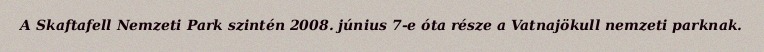
A Skaftafell Nemzeti Park szintén 2008. június 7-e óta része a Vatnajökull nemzeti parknak.